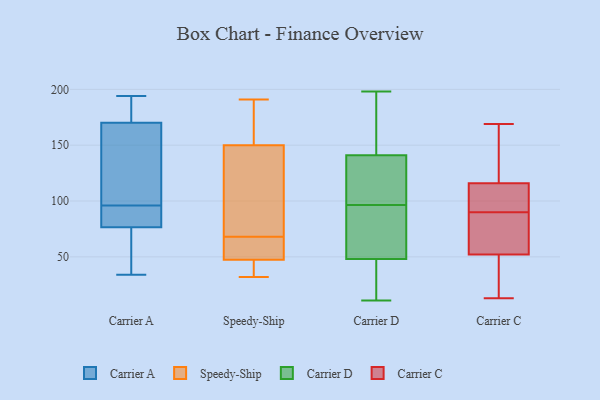
{"axis": {"x": "Operating Costs (USD K)", "y": "Value"}, "legend": ["Carrier A", "Carrier C", "Carrier D", "Speedy-Ship"], "data": [{"x": "", "y": 85, "type": "Carrier A"}, {"x": "", "y": 84, "type": "Carrier A"}, {"x": "", "y": 37, "type": "Carrier A"}, {"x": "", "y": 170, "type": "Carrier A"}, {"x": "", "y": 34, "type": "Carrier A"}, {"x": "", "y": 96, "type": "Carrier A"}, {"x": "", "y": 194, "type": "Carrier A"}, {"x": "", "y": 54, "type": "Carrier A"}, {"x": "", "y": 170, "type": "Carrier A"}, {"x": "", "y": 138, "type": "Carrier A"}, {"x": "", "y": 150, "type": "Carrier A"}, {"x": "", "y": 85, "type": "Carrier A"}, {"x": "", "y": 193, "type": "Carrier A"}, {"x": "", "y": 79, "type": "Speedy-Ship"}, {"x": "", "y": 39, "type": "Speedy-Ship"}, {"x": "", "y": 54, "type": "Speedy-Ship"}, {"x": "", "y": 54, "type": "Speedy-Ship"}, {"x": "", "y": 41, "type": "Speedy-Ship"}, {"x": "", "y": 133, "type": "Speedy-Ship"}, {"x": "", "y": 57, "type": "Speedy-Ship"}, {"x": "", "y": 190, "type": "Speedy-Ship"}, {"x": "", "y": 191, "type": "Speedy-Ship"}, {"x": "", "y": 167, "type": "Speedy-Ship"}, {"x": "", "y": 128, "type": "Speedy-Ship"}, {"x": "", "y": 32, "type": "Speedy-Ship"}, {"x": "", "y": 13, "type": "Carrier D"}, {"x": "", "y": 33, "type": "Carrier D"}, {"x": "", "y": 11, "type": "Carrier D"}, {"x": "", "y": 115, "type": "Carrier D"}, {"x": "", "y": 142, "type": "Carrier D"}, {"x": "", "y": 90, "type": "Carrier D"}, {"x": "", "y": 86, "type": "Carrier D"}, {"x": "", "y": 140, "type": "Carrier D"}, {"x": "", "y": 195, "type": "Carrier D"}, {"x": "", "y": 198, "type": "Carrier D"}, {"x": "", "y": 83, "type": "Carrier D"}, {"x": "", "y": 163, "type": "Carrier D"}, {"x": "", "y": 105, "type": "Carrier D"}, {"x": "", "y": 103, "type": "Carrier D"}, {"x": "", "y": 19, "type": "Carrier D"}, {"x": "", "y": 63, "type": "Carrier D"}, {"x": "", "y": 62, "type": "Carrier C"}, {"x": "", "y": 105, "type": "Carrier C"}, {"x": "", "y": 56, "type": "Carrier C"}, {"x": "", "y": 13, "type": "Carrier C"}, {"x": "", "y": 17, "type": "Carrier C"}, {"x": "", "y": 77, "type": "Carrier C"}, {"x": "", "y": 52, "type": "Carrier C"}, {"x": "", "y": 48, "type": "Carrier C"}, {"x": "", "y": 169, "type": "Carrier C"}, {"x": "", "y": 81, "type": "Carrier C"}, {"x": "", "y": 99, "type": "Carrier C"}, {"x": "", "y": 116, "type": "Carrier C"}, {"x": "", "y": 103, "type": "Carrier C"}, {"x": "", "y": 105, "type": "Carrier C"}, {"x": "", "y": 32, "type": "Carrier C"}, {"x": "", "y": 133, "type": "Carrier C"}, {"x": "", "y": 165, "type": "Carrier C"}, {"x": "", "y": 150, "type": "Carrier C"}]}